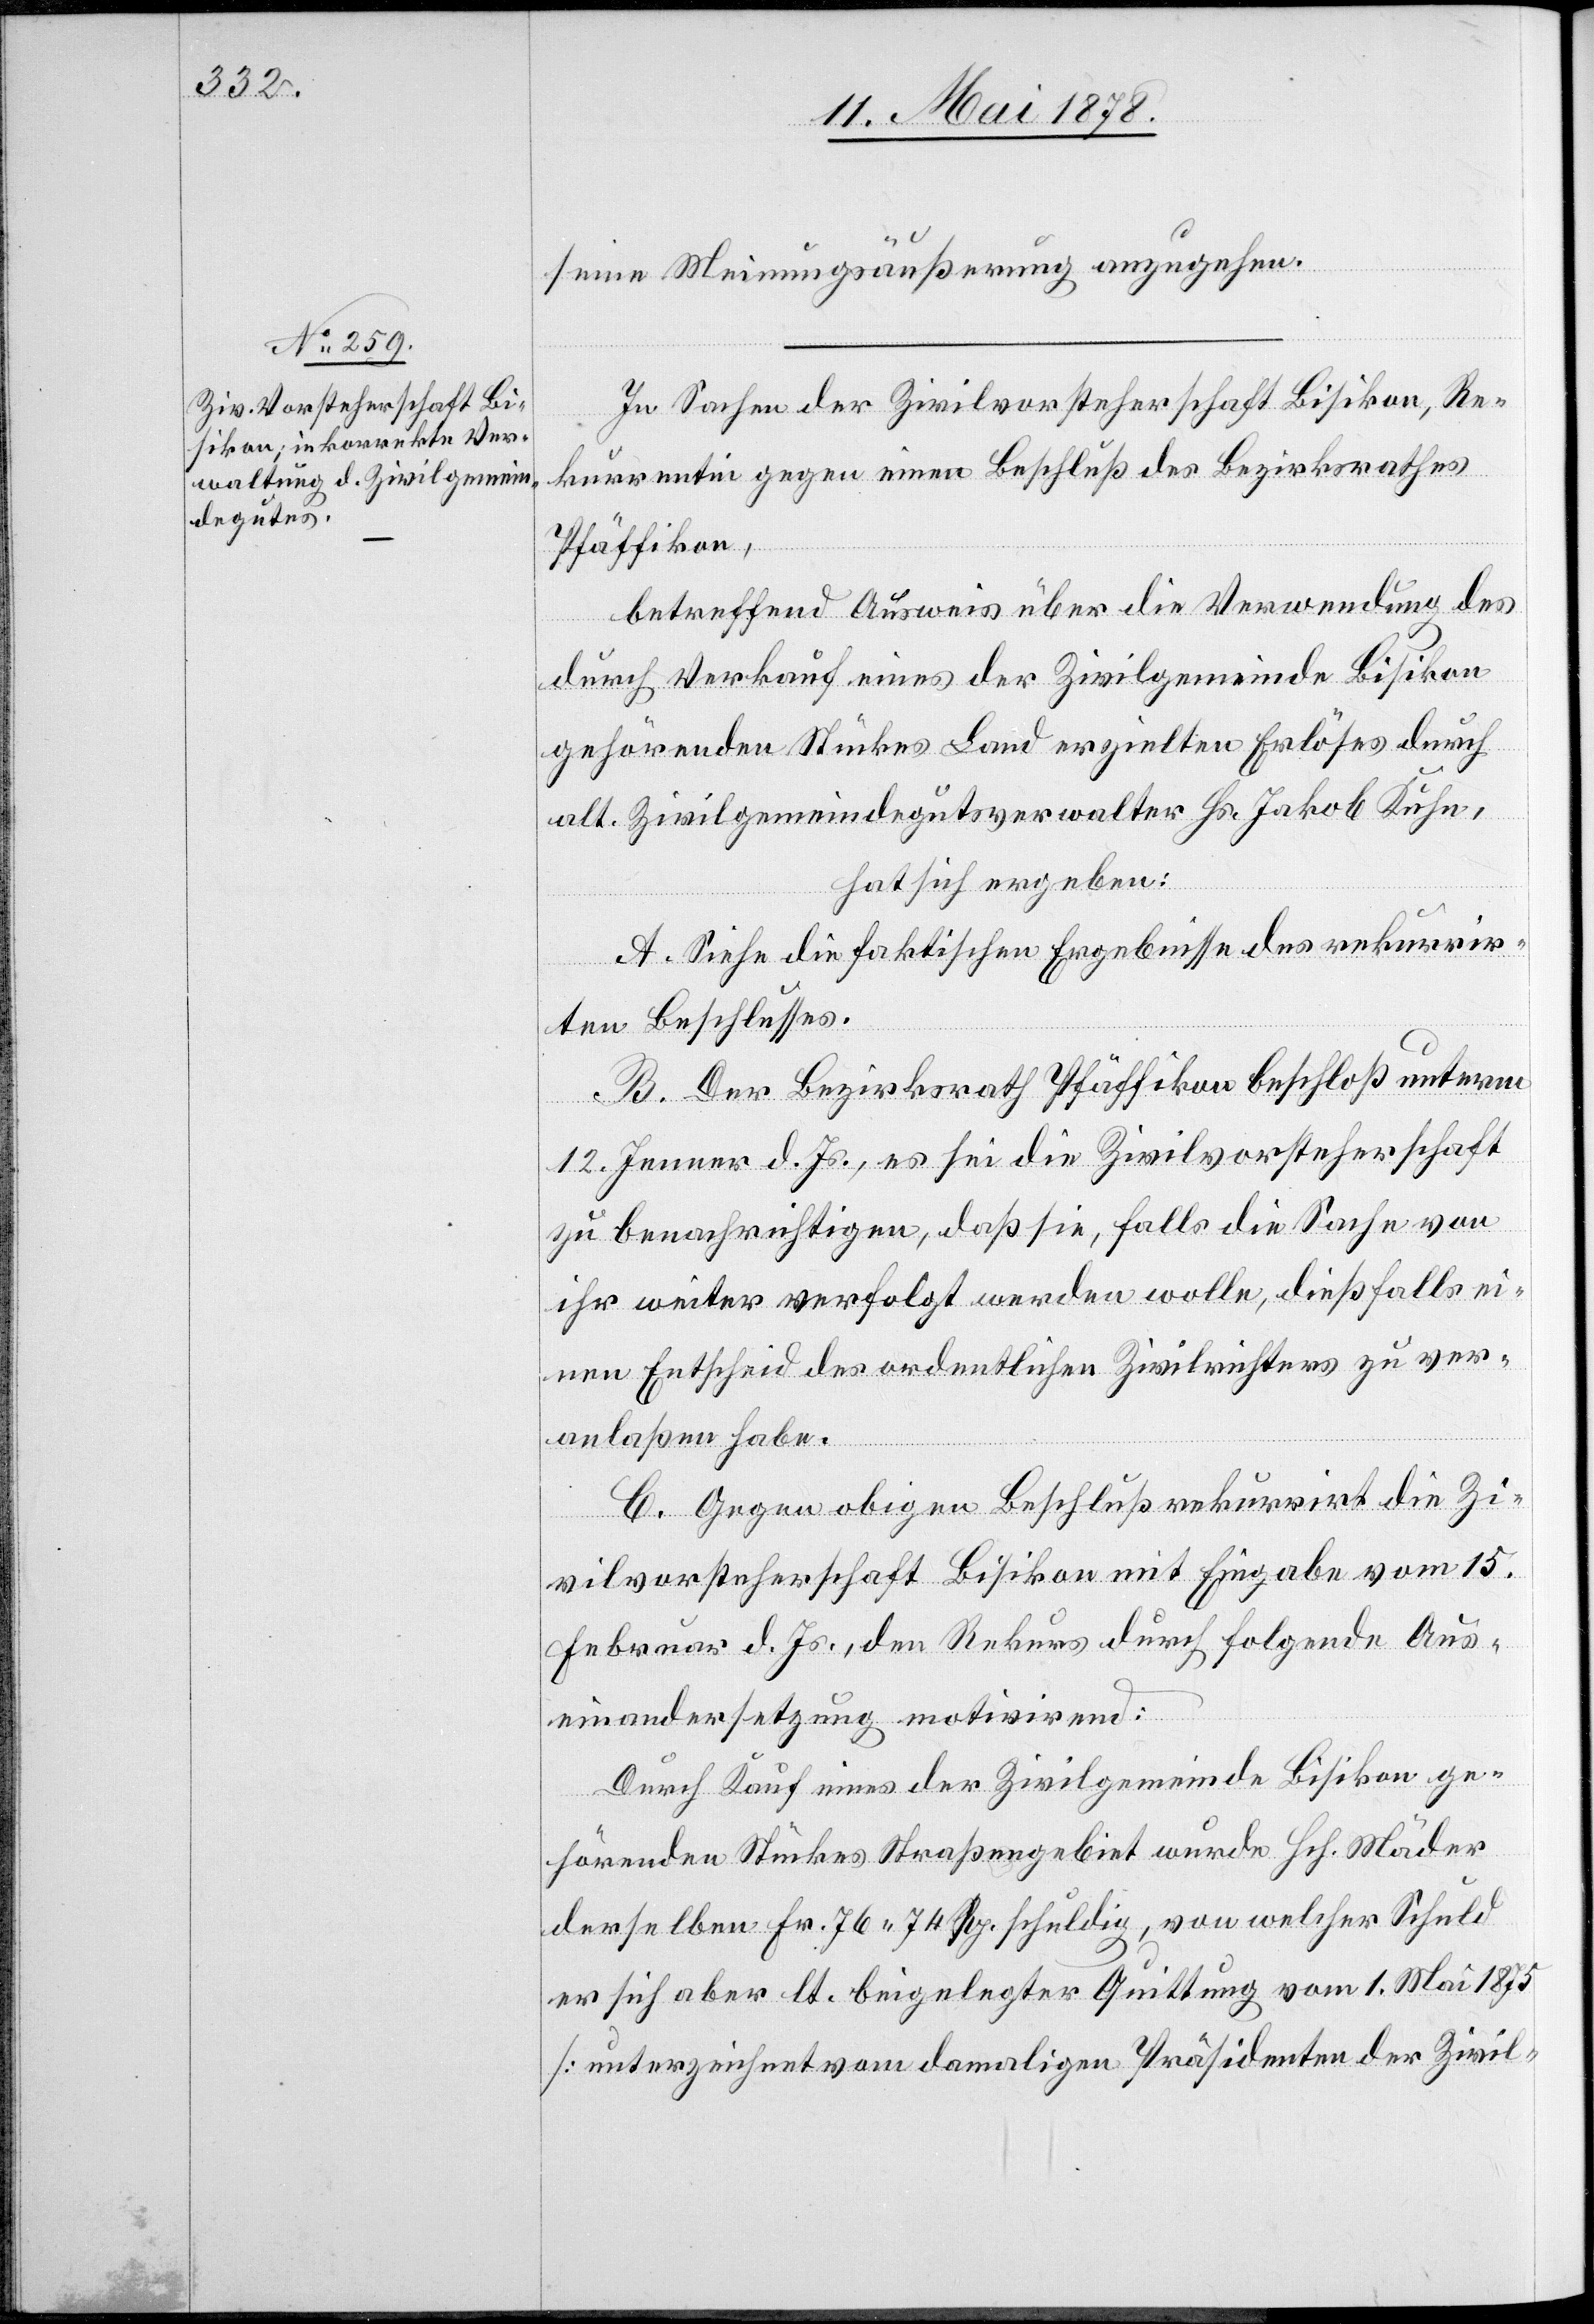
seine Meinungsäußerung anzugehen.
In Sachen der Zivilvorsteherschaft Bisikon, Re¬
kurrentin gegen einen Beschluß des Bezirksrathes
Pfäffikon,
betreffend Ausweis über die Verwendung des
durch Verkauf eines der Zivilgemeinde Bisikon
gehörenden Stückes Land erzielten Erlöses durch
alt. Zivilgemeindegutsverwalter Hs. Jakob Kuhn,
hat sich ergeben:
A. Siehe die faktischen Ergebnisse des rekurrir¬
ten Beschlusses.
B. Der Bezirksrath Pfäffikon beschloß unterm
12. Jenner d. Js., es sei die Zivilvorsteherschaft
zu benachrichtigen, daß sie, falls die Sache von
ihr weiter verfolgt werden wolle, dießfalls ei¬
nen Entscheid des ordentlichen Zivilrichters zu ver¬
anlaßen habe.
C. Gegen obigen Beschluß rekurrirt die Zi¬
vilvorsteherschaft Bisikon mit Eingabe vom 15.
Februar d. Js., den Rekurs durch folgende Aus¬
einandersetzung motivirend:
Durch Kauf eines der Zivilgemeinde Bisikon ge¬
hörenden Stückes Straßengebiet wurde Hch. Mäder
derselben Fr. 76. 74 Rp. schuldig, von welcher Schuld
er sich aber lt. beigelegter Quittung vom 1. Mai 1875
[unterzeichnet vom damaligen Präsidenten der Zivil-